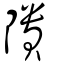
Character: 隤